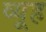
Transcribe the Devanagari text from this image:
व्‍यूह